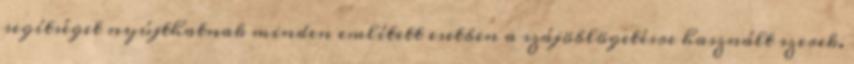
segítséget nyújthatnak minden említett esetben a szájöblögetésre használt szerek.